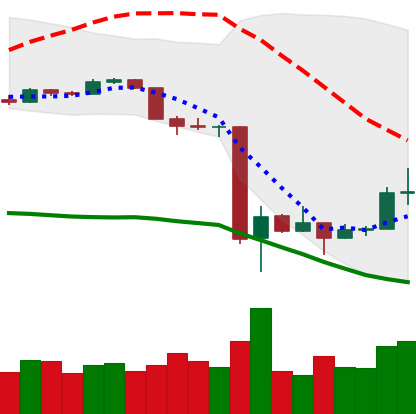
Ticker: BTC-USD
Chart end date: 2020-03-20
Forward return: 7.78%
Label: up_7plus